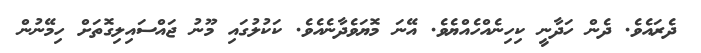
ދެރައެވެ. ދެން ހަދާނީ ކިހިނެއްހެއްޔެވެ. އޭނަ މޮޔަވެދާނެއެވެ. ކަކުލުގައި މޫނު ޖައްސައިލިގޮތަށް ހިމޭނުން